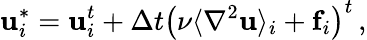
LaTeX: \mathbf{u}_{i}^{*}=\mathbf{u}_{i}^{t}+\Delta t\left(\nu\langle\nabla^{2}\mathbf{u}\rangle_{i}+\mathbf{f}_{i}\right)^{t}\, ,